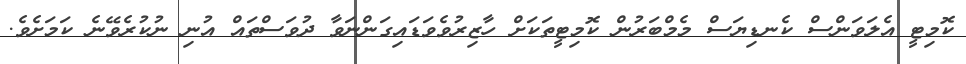
ކޮމިޓީ އެލަވަންސް ކެނޑިޔަސް މެމްބަރުން ކޮމިޓީތަކަށް ހާޒިރުވެވަޑައިގަންނަވާ ދުވަސްތައް އުނި ނުކުރެވޭނެ ކަމަށެވެ.